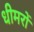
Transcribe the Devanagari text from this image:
धीमरों